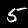
Digit: 5